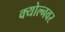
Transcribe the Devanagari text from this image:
क्योल्नवर